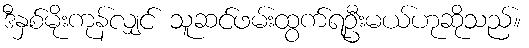
ဒီနှစ်မိုးကုန်လျှင် သူဆင်ဖမ်းထွက်ရဦးမယ်ဟုဆိုသည်။